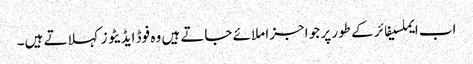
اب ایملسیفائر کے طور پر جو اجزا ملائے جاتے ہیں وہ فوڈ ایڈیٹو زکہلاتے ہیں۔